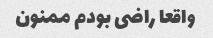
واقعا راضی بودم ممنون